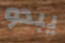
يبدو